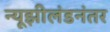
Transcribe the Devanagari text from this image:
न्यूझीलंडनंतर